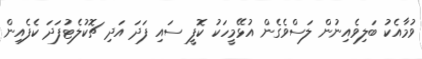
ވުމާއެކު ބަލިވެއިނުން ލަސްވެގެން އުޅޭމީހަކު ކޮފީ ސައި ފަދަ އަދި ޗޮކުލެޓުފަދަ ކެފެއިން